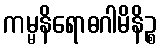
ကမ္မနိရောဓဂါမိနိဉ္စ